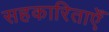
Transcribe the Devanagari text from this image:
सहकारिताएँ